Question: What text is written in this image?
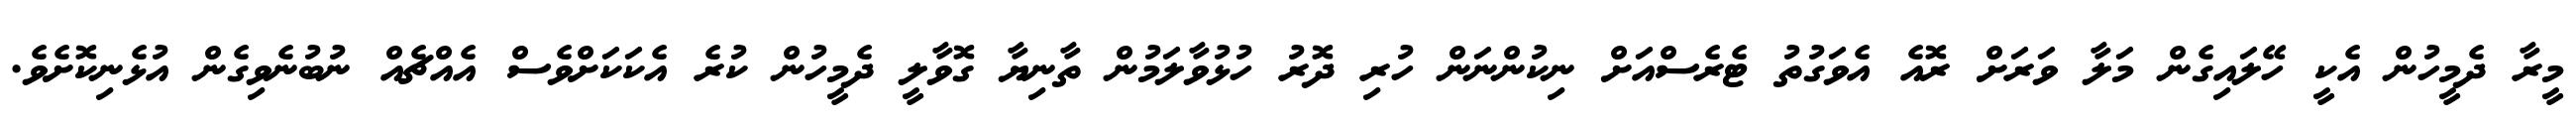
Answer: މީރާ ދެމީހުން އެކީ ހޭލައިގެން މަލާ ވަރަށް ރޮއެ އެވަގުތު ޓެރެސްއަށް ނިކުންނަން ހުރި ދޮރު ހުޅުވާލަމުން ތާނިޔާ ގޮވާލީ ދެމީހުން ކުރެ އެކަކަށްވެސް އެއްޗެއް ނުބުނެވިގެން އުޅެނިކޮށެވެ.